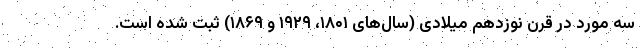
سه مورد در قرن نوزدهم میلادی (سال‌های ۱۸۰۱، ۱۹۲۹ و ۱۸۶۹) ثبت شده است.